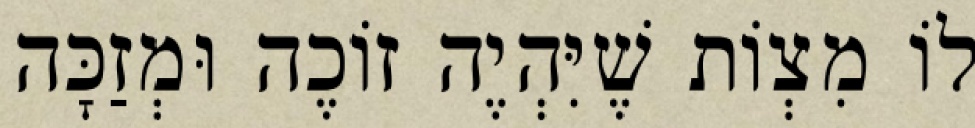
לוֹ מִצְוֹת שֶׁיִּהְיֶה זוֹכֶה וּמְזַכָּה